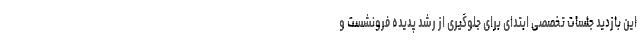
این بازدید جلسات تخصصی ابتدای برای جلوگیری از رشد پدیده فرونشست و